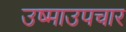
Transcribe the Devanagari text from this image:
उष्माउपचार